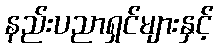
နည်းပညာရှင်များနှင့်